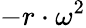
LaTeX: -r\cdot\omega^{2}